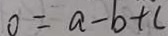
0 = a - b + c